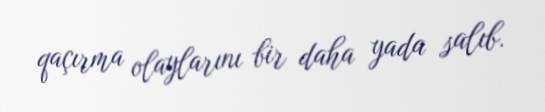
qaçırma olaylarını bir daha yada salıb.